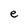
Character: e